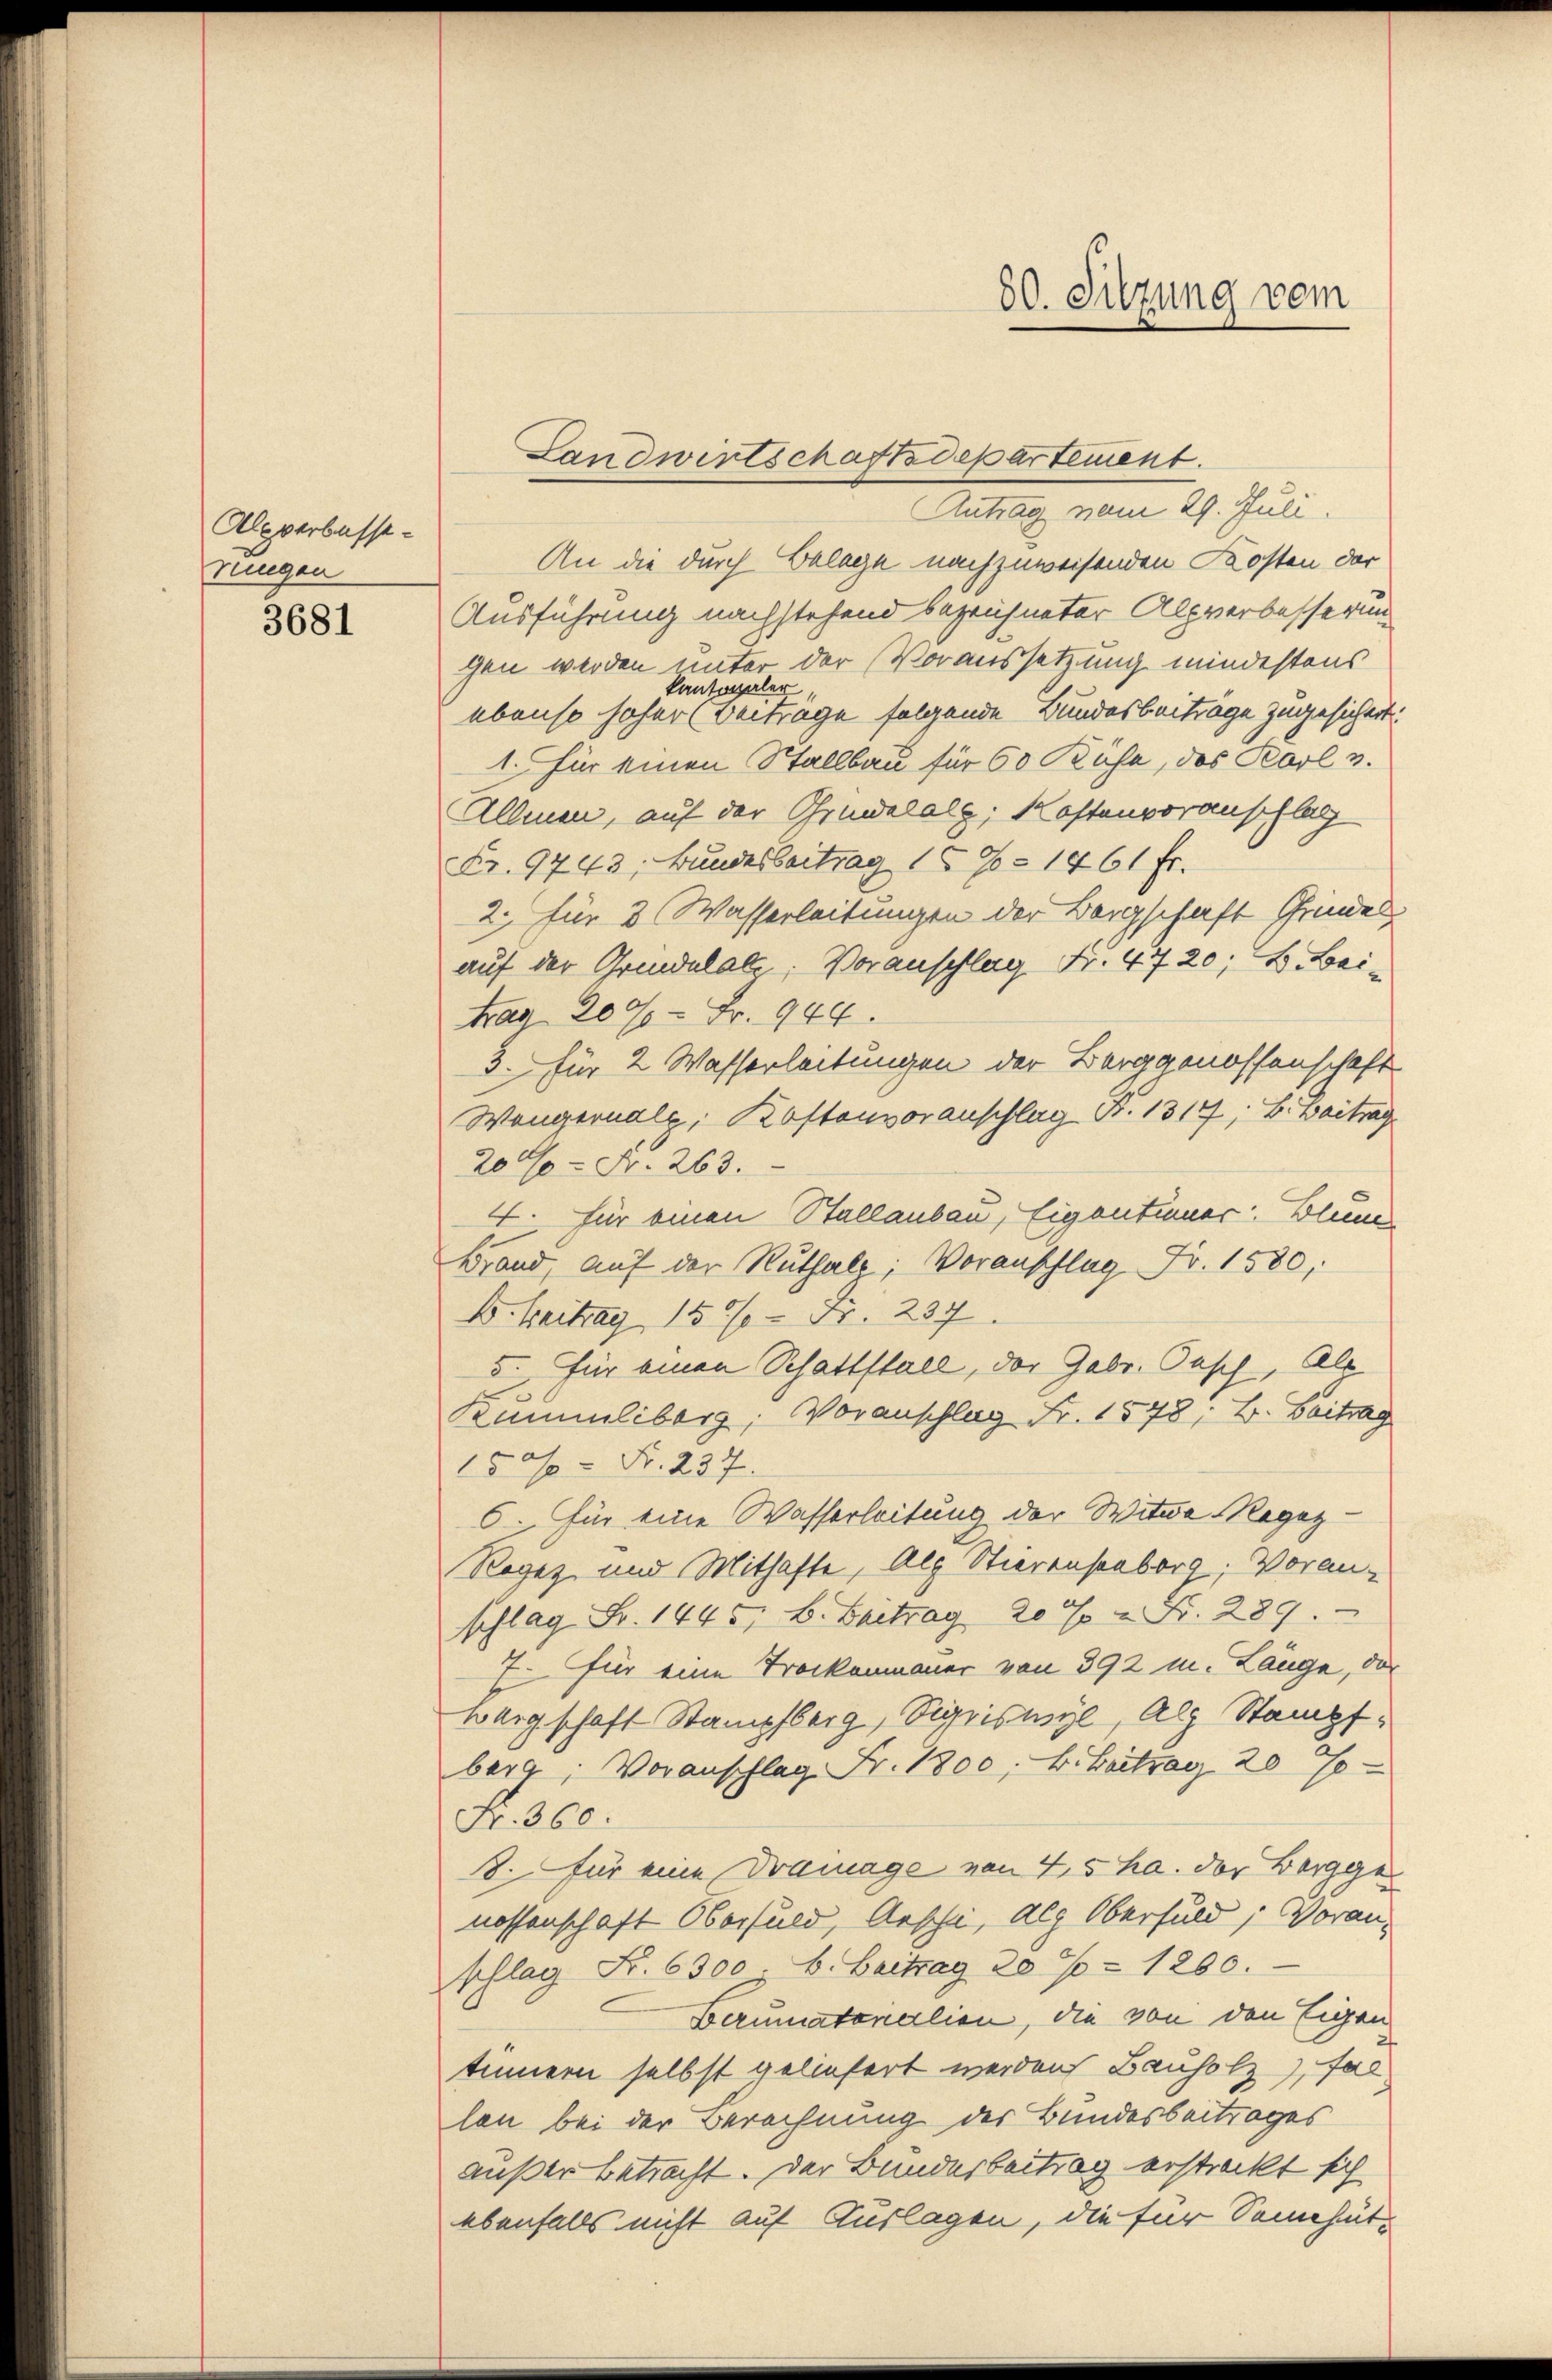
Alpverbesserungen

3681

Antrag vom 29. Juli.
An die durch Belege nachzuweisenden Kosten der
Ausführung nachstehend bezeichneter Alpverbesserung
gen werden unter der Voraussetzung mindestens
kantonaler
ebenso hoher Beiträge folgende Bundesbeiträge zugesichert.
1. für einen Stallbau für 60 Kühe, das Karl v.
Allmen, auf der Grundalalp, Kostenvoranschlag
Fr. 9743, Bundesbeitrag 15 J. 1761 fr.
2. für 3 Wasserleitungen der Bergschaft Grinde
auf der Grundulate; Voranschlag Fr. 4720; B. Bei-
trag 2000 Fr. 944.
3. für 2 Wasserleitungen der Berggenossenschaft
Wengernalp, Kostenvoranschlag Fr. 1317; B. Beitrag
200 Fr. 263.
4. für einen Stallauben, Eigentümer Blum
Brand, auf der Ruthalz; Voranschlag Fr. 1580,
B. Beitrag 150% = Fr. 237
5. für einen Schattstall, der Gebr. Pasch, Alp
Kunmliberg, Voranschlag Fr. 1548; B. Beitrag
150 Fr. 237.
6. Für eine Wasserleitung der Witwe Regez
Rogaz und Mithafte, Alp Stierensenberg, Voran-
schlag Fr. 1445. B. Beitrag 20% = Fr. 289.
7. Für eine Trockenmauer von 392 m. Länge, das
Bergschaft Stampfberg, Sigriswyl, alz Stampfberg, Voranschlag Fr. 1800. B. Beitrag 20 J
Fr. 360.
8. Für eine Dramage von 4,5 ha. der Bergge
nossenschaft Oberhuld, Aeschi, Alp Oberhuld, Voranshlag Fr. 6300 b. Beitrag 20% = 1260.
Berumatoralien, die von den Eigen
tinnern selbst geliefert werden Bauholz), fal
len bei der Berechnung der Bundesbeitrages
außer betracht. Der Bundesbeitrag erstreckt sich
ebenfalls nicht auf Auslagen, die für Sennhüt¬

Landwirtschaftsdepartement.

80. Sitzung vom